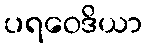
ပရဝေဒိယာ